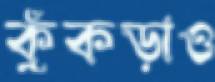
কুঁকড়াও